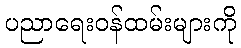
ပညာရေးဝန်ထမ်းများကို